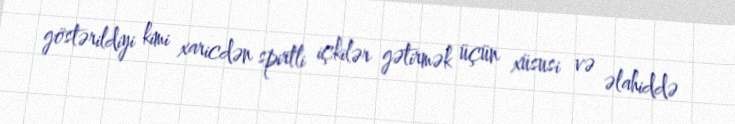
göstərildiyi kimi xaricdən spirtli içkilər gətirmək üçün xüsusi və əlahiddə